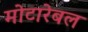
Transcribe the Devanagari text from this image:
मोटारेबल